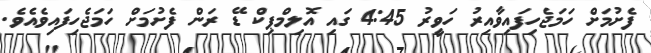
ފެށުމަށް ހަމަޖެހިފައިވާއިރު ހަވީރު 4:45 ގައި އޮލިމްޕިކް ޑޭ ރަން ފެށުމަށް ހަމަޖެހިފައިވެއެވެ.